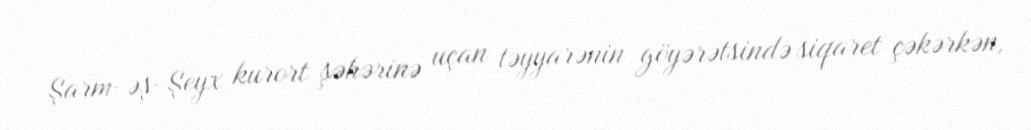
Şarm-əş-Şeyx kurort şəhərinə uçan təyyarənin göyərətsində siqaret çəkərkən,